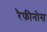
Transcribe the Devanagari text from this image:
रैफीनोस